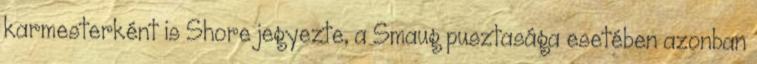
karmesterként is Shore jegyezte, a Smaug pusztasága esetében azonban